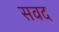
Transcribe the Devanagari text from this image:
सवद